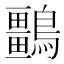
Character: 𪇏